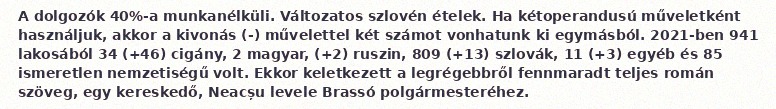
A dolgozók 40%-a munkanélküli. Változatos szlovén ételek. Ha kétoperandusú műveletként használjuk, akkor a kivonás (-) művelettel két számot vonhatunk ki egymásból. 2021-ben 941 lakosából 34 (+46) cigány, 2 magyar, (+2) ruszin, 809 (+13) szlovák, 11 (+3) egyéb és 85 ismeretlen nemzetiségű volt. Ekkor keletkezett a legrégebbről fennmaradt teljes román szöveg, egy kereskedő, Neacșu levele Brassó polgármesteréhez.